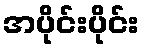
အပိုင်းပိုင်း